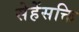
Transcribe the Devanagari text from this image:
सेहेंसक्ति